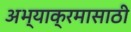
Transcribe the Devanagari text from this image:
अभ्याक्रमासाठी